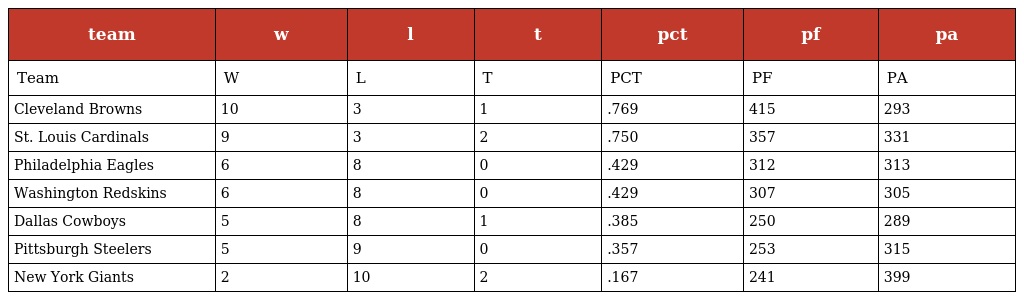
| team | w | l | t | pct | pf | pa |
 | --- | --- | --- | --- | --- | --- | --- |
 | Team | W | L | T | PCT | PF | PA |
 | Cleveland Browns | 10 | 3 | 1 | .769 | 415 | 293 |
 | St. Louis Cardinals | 9 | 3 | 2 | .750 | 357 | 331 |
 | Philadelphia Eagles | 6 | 8 | 0 | .429 | 312 | 313 |
 | Washington Redskins | 6 | 8 | 0 | .429 | 307 | 305 |
 | Dallas Cowboys | 5 | 8 | 1 | .385 | 250 | 289 |
 | Pittsburgh Steelers | 5 | 9 | 0 | .357 | 253 | 315 |
 | New York Giants | 2 | 10 | 2 | .167 | 241 | 399 |